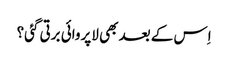
اِس کے بعد بھی لاپروائی برتی گئی؟